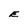
Character: E